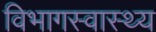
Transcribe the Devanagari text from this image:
विभागस्वास्थ्य